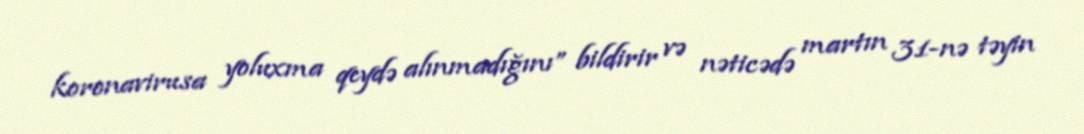
koronavirusa yoluxma qeydə alınmadığını” bildirir və nəticədə martın 31-nə təyin